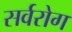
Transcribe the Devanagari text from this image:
सर्वरोग